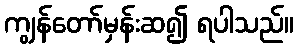
ကျွန်တော်မှန်းဆ၍ ရပါသည်။